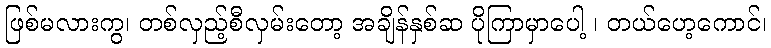
ဖြစ်မလားကွ၊ တစ်လှည့်စီလှမ်းတော့ အချိန်နှစ်ဆ ပိုကြာမှာပေါ့ ၊ တယ်ဟေ့ကောင်၊